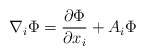
\begin{align*}\nabla_i{\Phi}= \frac {\partial \Phi}{\partial x_i}+ A_i \Phi\end{align*}